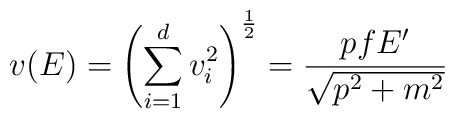
v(E) = \left( \sum_{i = 1}^d v_i^2 \right)^{\frac{1}{2}} = \frac{p f E'}{\sqrt{p^2 + m^2}}